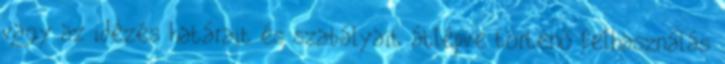
vagy az idézés határait és szabályait átlépve történő felhasználás